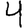
Digit: 4